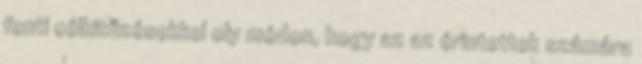
fenti célkitűzésekkel oly módon, hogy az az érintettek számára